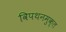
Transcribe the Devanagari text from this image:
विपथनमुक्त